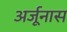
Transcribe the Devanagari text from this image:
अर्जूनास